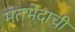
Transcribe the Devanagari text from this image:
मतभेदाची